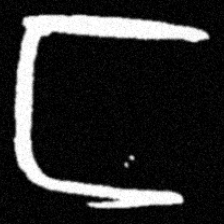
Pyu character \u2014 Myanmar letter: င (romanized: nga)